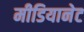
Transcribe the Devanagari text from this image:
मीडियानेट